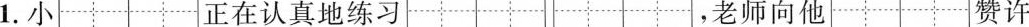
1.小 正在认真地练习 ，老师向他